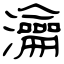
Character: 瀹